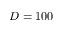
D = 1 0 0